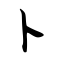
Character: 卜